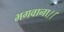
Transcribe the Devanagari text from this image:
भगवाना।।